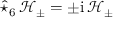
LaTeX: \widehat { \star } _ { 6 } \, { \mathcal { H } } _ { \pm } = \pm \mathrm { i } \, { \mathcal { H } } _ { \pm }